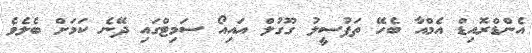
އެންޑްރޮއިޑް އެމްއާ ބެހޭ ތަފުސީލު ގޫގުލް އައިއޯ ސަމިޓްގައި ދޭނެ ކަމަށް ބެލެވެ